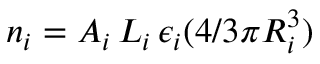
n _ { i } = A _ { i } \, L _ { i } \, \epsilon _ { i } ( 4 / 3 \pi R _ { i } ^ { 3 } )